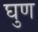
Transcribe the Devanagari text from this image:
घुण